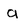
Character: a